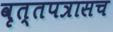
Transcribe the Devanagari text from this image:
वृत्तपत्रासच